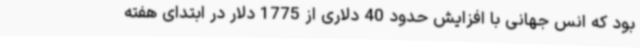
بود که انس جهانی با افزایش حدود 40 دلاری از 1775 دلار در ابتدای هفته